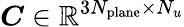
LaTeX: \boldsymbol{C}\in\mathbb{R}^{3N_{\mathrm{plane}}\times N_{u}}